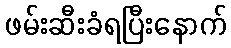
ဖမ်းဆီးခံရပြီးနောက်